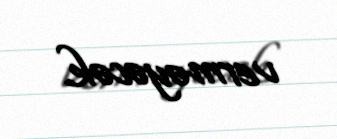
verməyəcək.